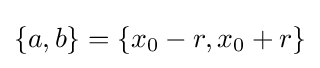
\{a,b\}=\left\{x_{0}-r,x_{0}+r\right\}